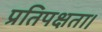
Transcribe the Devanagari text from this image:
प्रतिपक्षता।